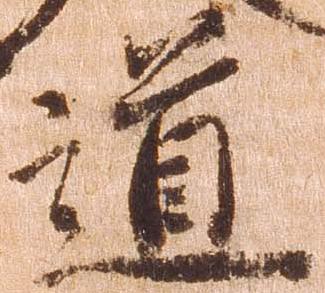
道